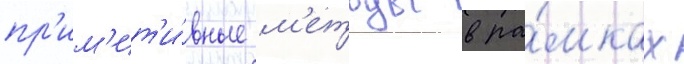
пр'им'ит'и́вные м'етоды в ра́мках